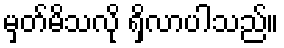
မှတ်မိသလို ရှိလာပါသည်။